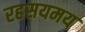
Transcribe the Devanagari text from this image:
रहसयमय